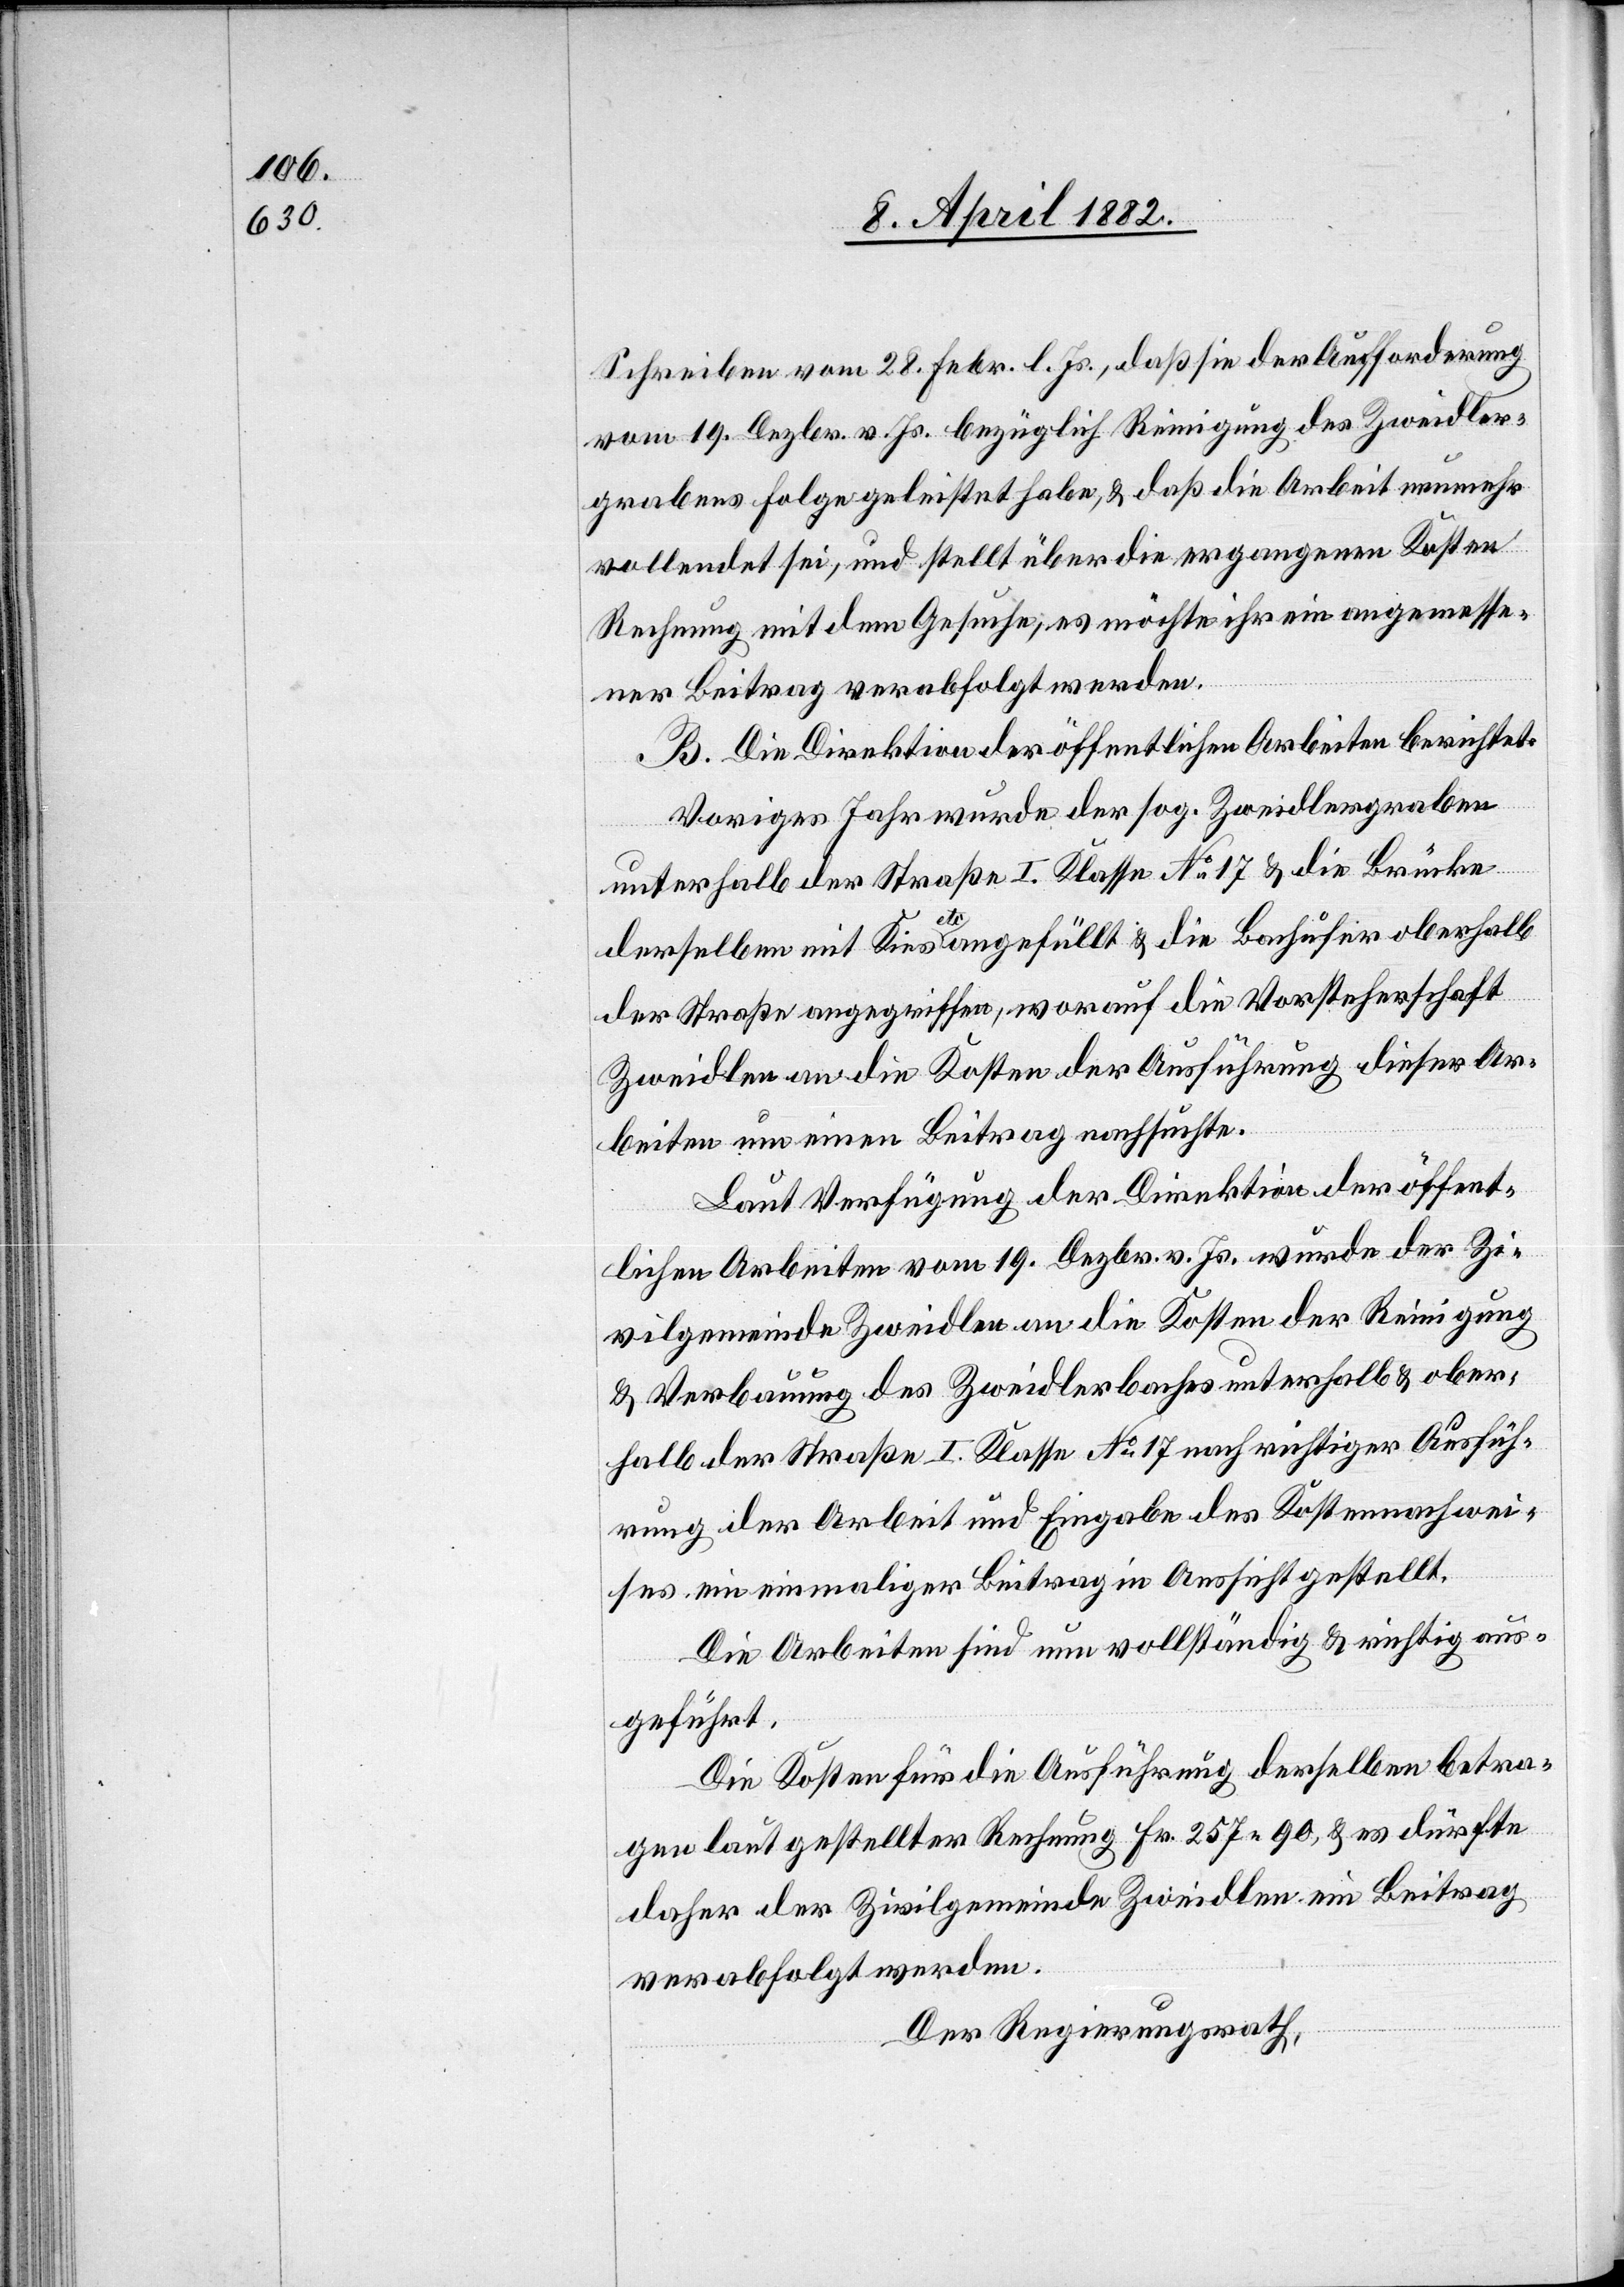
Schreiben vom 28. Febr. l. Js., daß sie der Aufforderung
vom 19. Dezbr. v. Js. bezüglich Reinigung des Zweidler¬
grabens Folge geleistet habe, & daß die Arbeit nunmehr
vollendet sei, und stellt über die ergangenen Kosten
Rechnung mit dem Gesuche, es möchte ihr ein angemesse¬
ner Beitrag verabfolgt werden.
B. Die Direktion der öffentlichen Arbeiten berichtet:
Voriges Jahr wurde der sog. Zweidlergraben
unterhalb der Straße I. Klasse No 17 & die Brücke
derselben mit Kies etc. angefüllt & die Bachufer oberhalb
der Straße angegriffen, worauf die Vorsteherschaft
Zweidlen an die Kosten der Ausführung dieser Ar¬
beiten um einen Beitrag nachsuchte.
Laut Verfügung der Direktion der öffent¬
lichen Arbeiten vom 19. Dezbr. v. Js. wurde der Zi¬
vilgemeinde Zweidlen an die Kosten der Reinigung
& Verbauung des Zweidlerbaches unterhalb & ober¬
halb der Straße I. Klasse No 17 nach richtiger Ausfüh¬
rung der Arbeit und Eingabe des Kostennachwei¬
ses ein einmaliger Beitrag in Aussicht gestellt.
Die Arbeiten sind nun vollständig & richtig aus¬
geführt.
Die Kosten für die Ausführung derselben betra¬
gen laut gestellter Rechnung Fr. 257 90, & es dürfte
daher der Zivilgemeinde Zweidlen ein Beitrag
verabfolgt werden.
Der Regierungsrath,